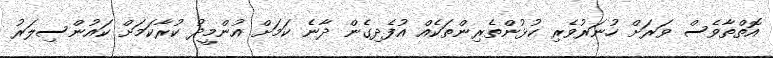
އޮތްތާވެސް ވަރަށް ހުނަރުވެރި ކުޅުންތެރިންތަކެއް އުފެދިގެން ދާނެ ކަމަށް އުންމީދު ކުރާކަމަށް ކަައުންސިލަރު